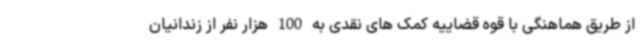
از طریق هماهنگی با قوه قضاییه کمک های نقدی به 100 هزار نفر از زندانیان